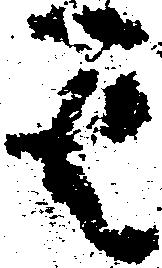
其